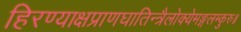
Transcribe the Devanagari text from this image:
हिरण्याक्षप्राणघातिन्त्रैलोक्येमङ्गलम्कुरु॥